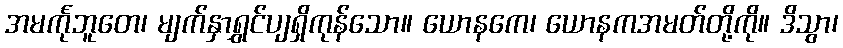
အမင်္ကုဘူတေ၊ မျက်နှာရွှင်ပျရှိကုန်သော။ ယောနကေ၊ ယောနကအမတ်တို့ကို။ ဒိသွာ၊